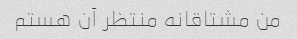
من مشتاقانه منتظر آن هستم